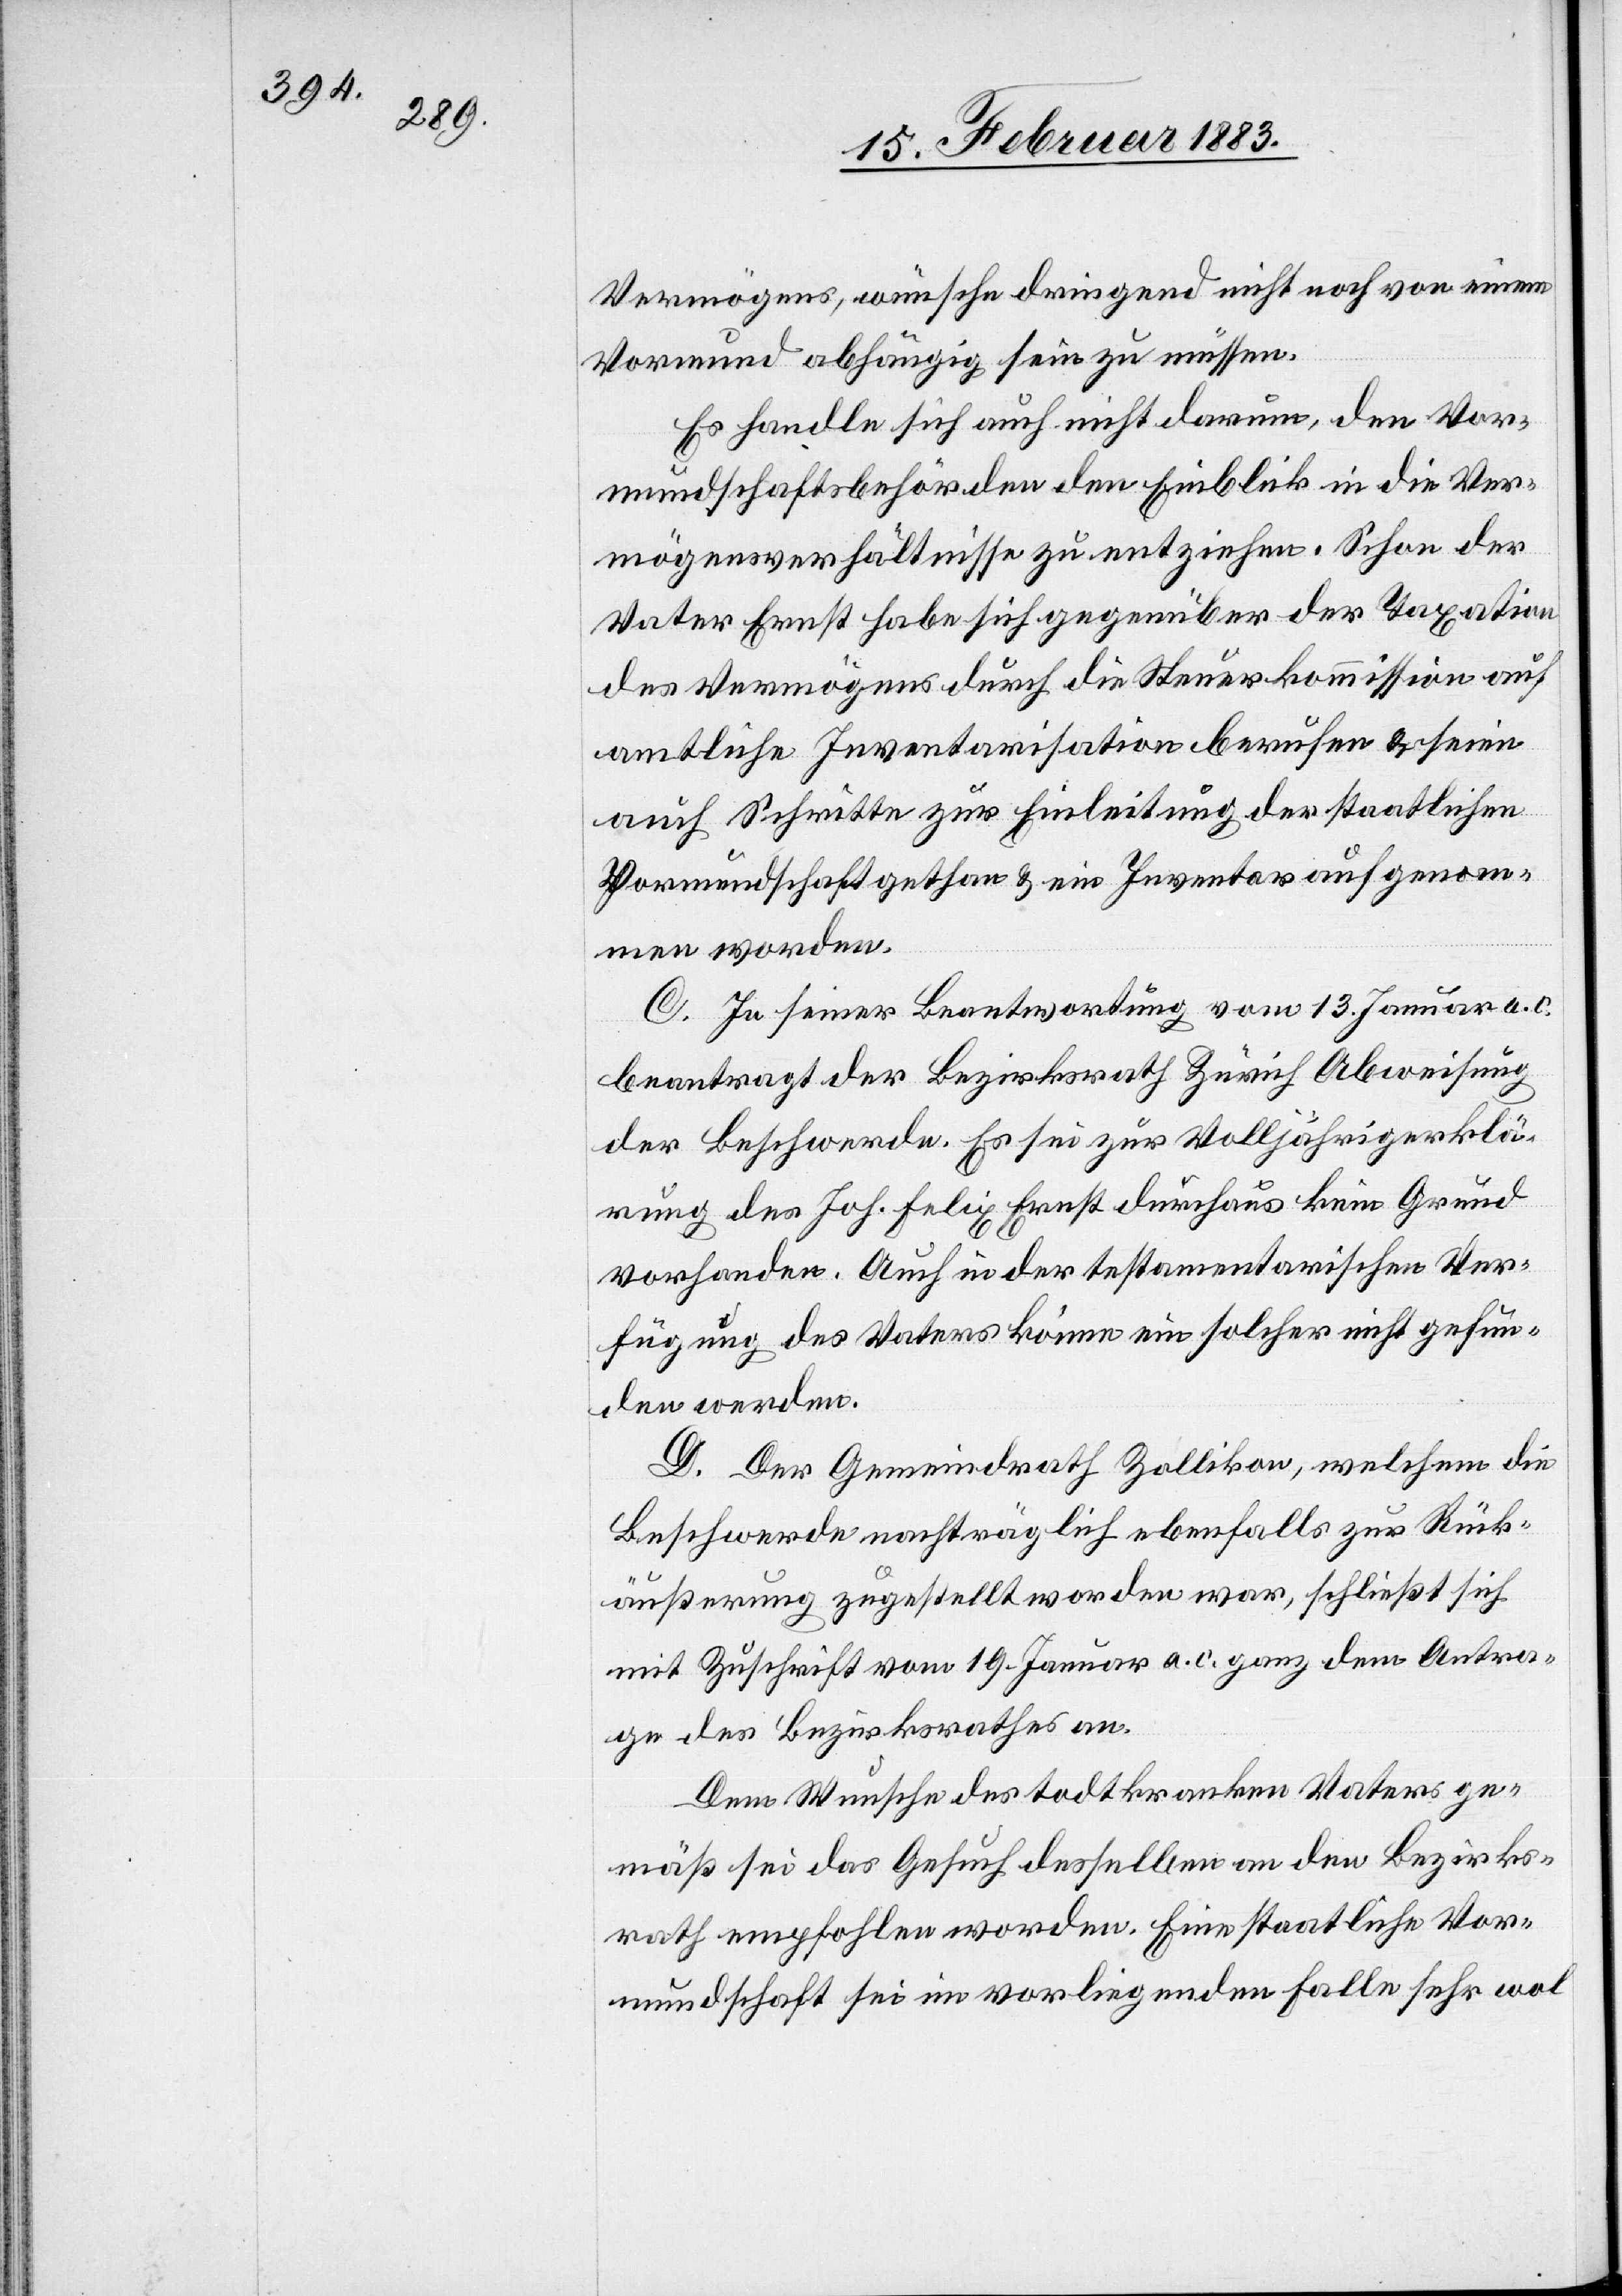
Vermögens, wünsche dringend nicht noch von einem
Vormund abhängig sein zu müssen.
Es handle sich auch nicht darum, den Vor¬
mundschaftsbehörden den Einblick in die Ver¬
mögensverhältnisse zu entziehen. Schon der
Vater Ernst habe sich gegenüber der Taxation
des Vermögens durch die Steuerkommission auf
amtliche Inventarisation berufen & seien
auch Schritte zur Einleitung der staatlichen
Vormundschaft gethan & ein Inventar aufgenom¬
men worden.
C. In seiner Beantwortung vom 13. Januar a. c.
beantragt der Bezirksrath Zürich Abweisung
der Beschwerde. Es sei zur Volljährigerklä¬
rung des Joh. Felix Ernst durchaus kein Grund
vorhanden. Auch in der testamentarischen Ver¬
fügung des Vaters könne ein solcher nicht gefun¬
den werden.
D. Der Gemeindrath Zollikon, welchem die
Beschwerde nachträglich ebenfalls zur Rück¬
äußerung zugestellt worden war, schließt sich
mit Zuschrift vom 19. Januar a. c. dem Antra¬
ge des Bezirksrathes an.
Dem Wunsche des todtkranken Vaters ge¬
mäß sei das Gesuch desselben an den Bezirks¬
rath empfohlen worden. Eine staatliche Vor¬
mundschaft sei im vorliegenden Falle sehr wol